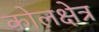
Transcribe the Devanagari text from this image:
कोलक्षेत्र